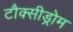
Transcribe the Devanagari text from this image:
टौक्सीड्रोम